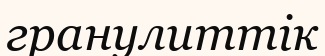
гранулиттік